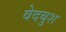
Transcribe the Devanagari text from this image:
वेदबुश